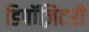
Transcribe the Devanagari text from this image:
डिपॉज़िटरी